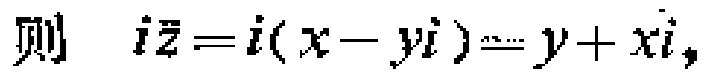
则 \(i\overline{z}=i(x - yi)=y + xi,\)